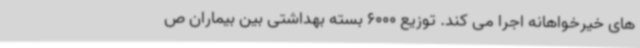
های خیرخواهانه اجرا می کند. توزیع 6000 بسته بهداشتی بین بیماران ص